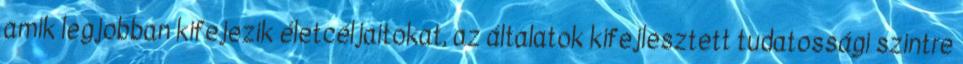
amik legjobban kifejezik életcéljaitokat, az általatok kifejlesztett tudatossági szintre